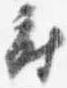
府